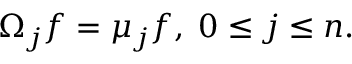
\Omega _ { j } f = \mu _ { j } f , \; 0 \leq j \leq n .